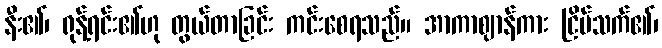
နီး၏၊ ရုန့်ရင်း၏ဟု တွယ်တာခြင်း ကင်းစေရသည်။ အာကာဈာန်ကား ငြိမ်သက်၏၊